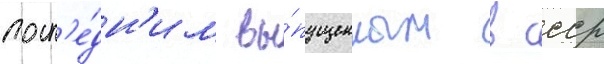
посл'е́дн'им вы́пущенным в ссср